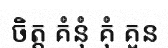
ចិត្ត គំនុំ គុំ គួន